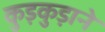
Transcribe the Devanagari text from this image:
कुड़कुड़ाने